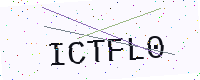
Text: ICTFL0